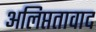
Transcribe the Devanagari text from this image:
अलिप्ततावाद